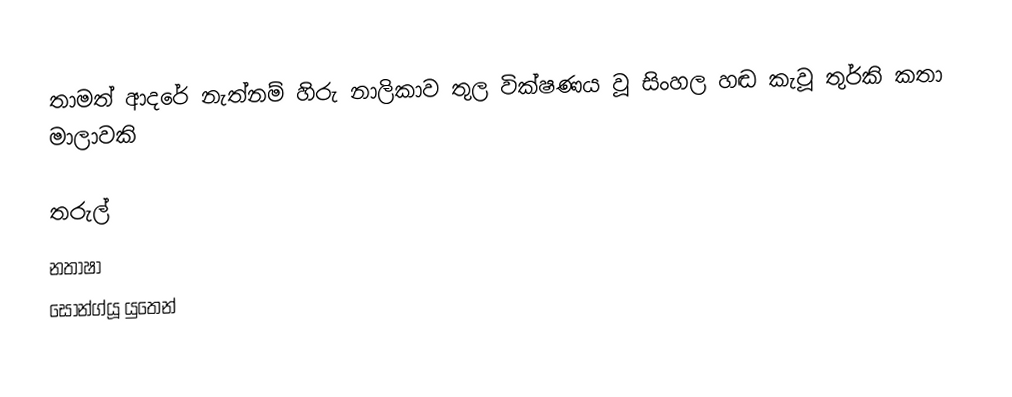
තාමත් ආදරේ නැත්නම් හිරු නාලිකාව තුල වික්ෂණය වූ සිංහල හඬ කැවූ තුර්කි කතා මාලාවකි

තරුල්
නතාෂා
සොන්ග්යූ යුතෙන්